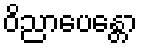
ဝိညာပေန္တော